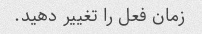
زمان فعل را تغییر دهید.